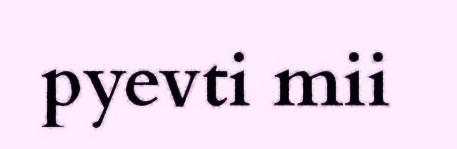
pyevti mii